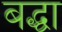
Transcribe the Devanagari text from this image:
बद्धा